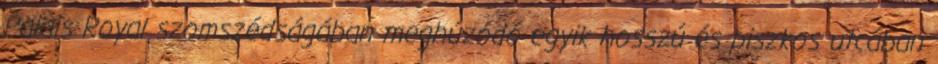
Palais Royal szomszédságában meghúzódó egyik hosszú és piszkos utcában